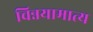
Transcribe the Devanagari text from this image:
चिन्नयामात्य